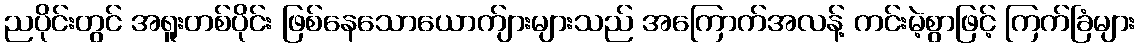
ညပိုင်းတွင် အရူးတစ်ပိုင်း ဖြစ်နေသောယောက်ျားများသည် အကြောက်အလန့် ကင်းမဲ့စွာဖြင့် ကြက်ခြံများ